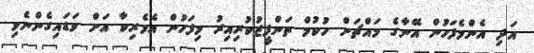
އަދި އެންމެފަހުން އޭނާގެ މައްޗަށް ހުކުމް ތަންފީޒުކުރިއިރު މިފަހުން އެމެރިކާ އަށް ވަޑައިގެންނެވި